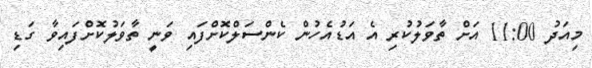
މިއަދު 11:00 އަށް ތާވަލުކުރި އެ އަޑުއެހުން ކެންސަލްކޮށްފައި ވަނީ ތާވަލުކޮށްފައިވާ ގަޑި